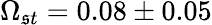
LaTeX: \Omega_{\mathfrak{s}t}=0.08\pm0.05